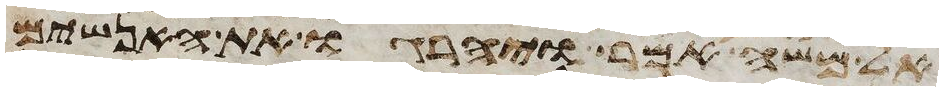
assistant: אל משה אמר ויהרגו את האנשים